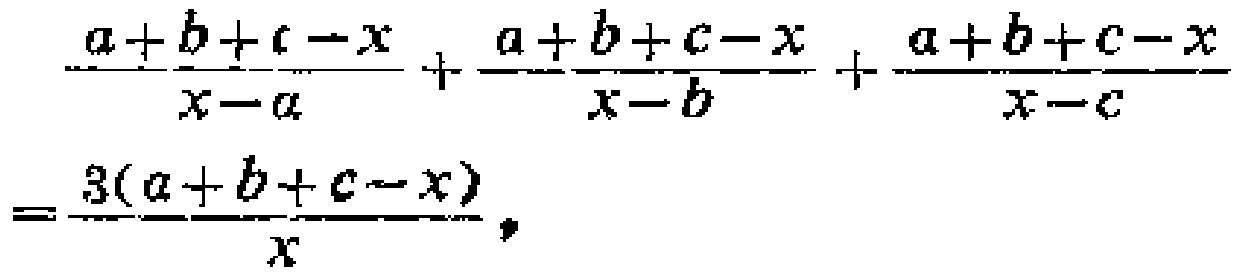
\[\frac{a + b + c - x}{x - a}+\frac{a + b + c - x}{x - b}+\frac{a + b + c - x}{x - c}=\frac{3(a + b + c - x)}{x},\]